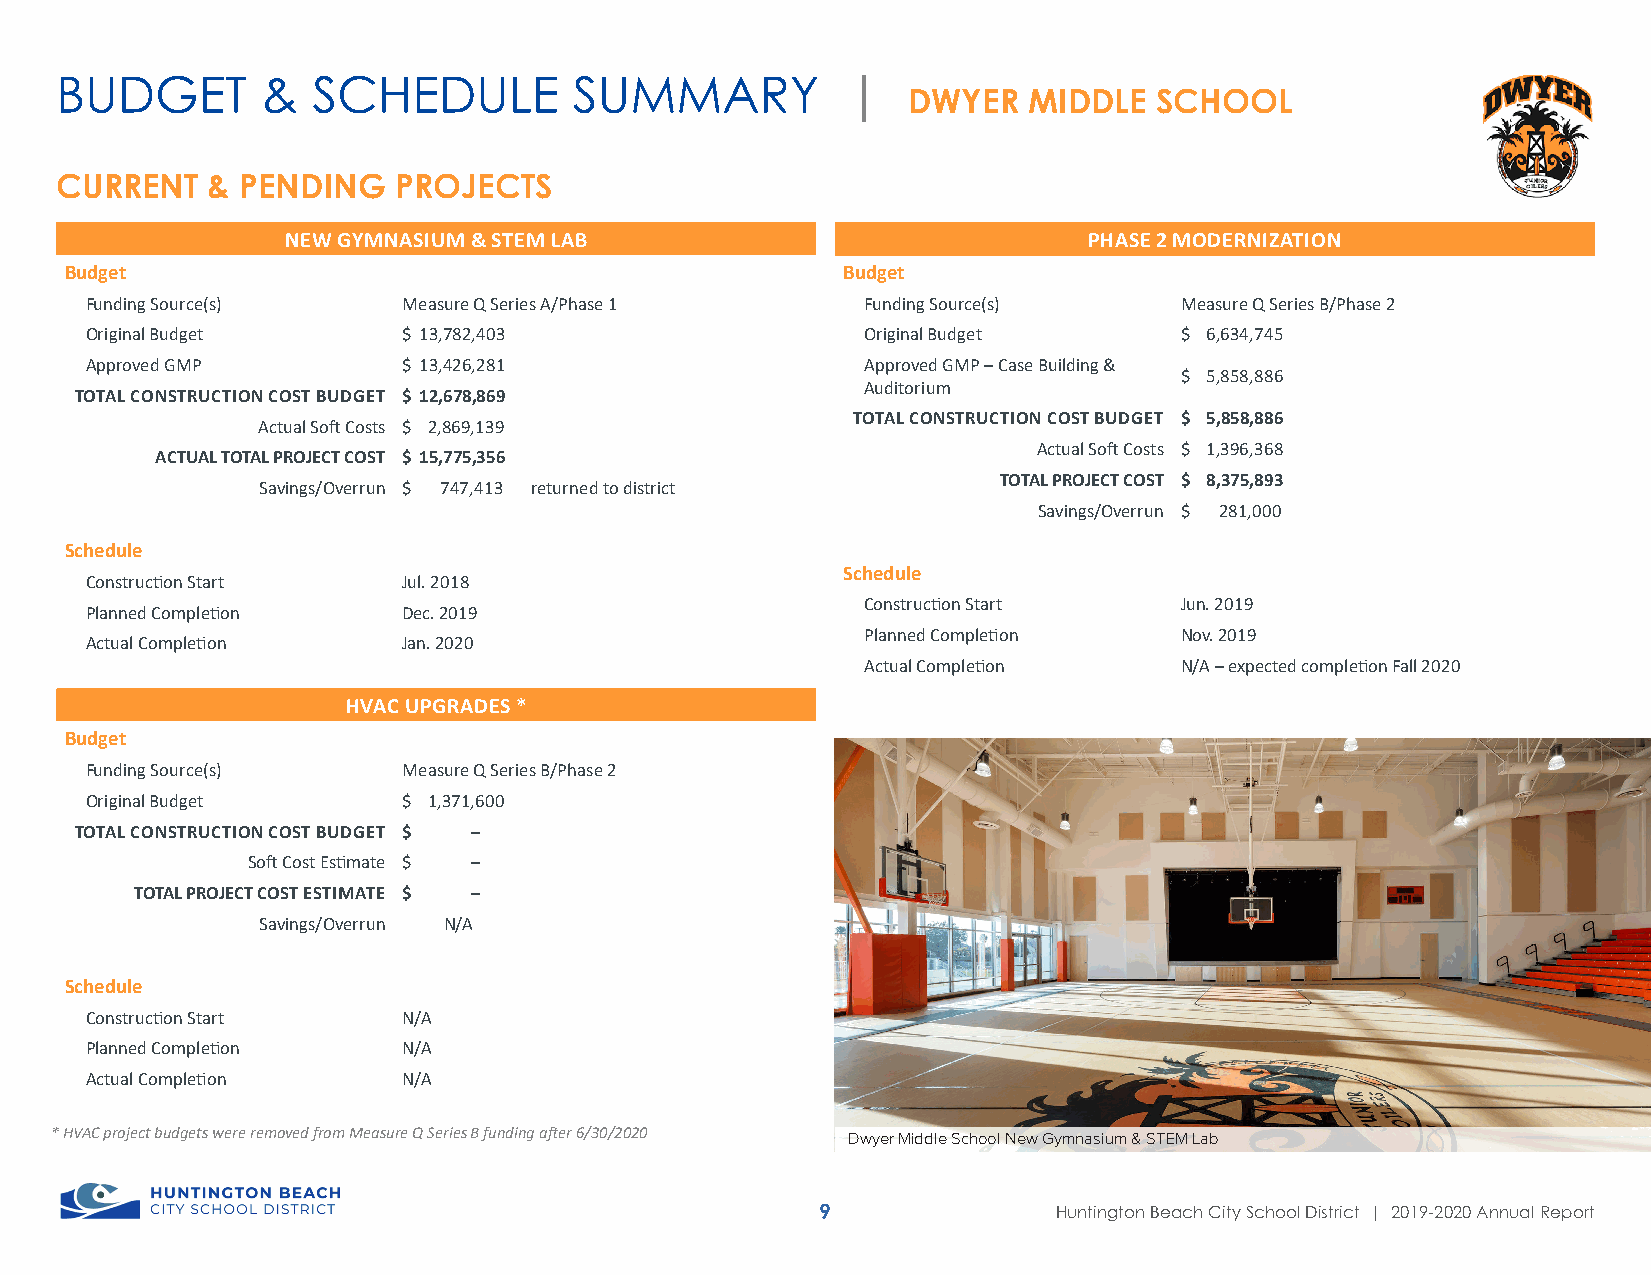
BUDGET       &   SCHEDULE         SUMMARY           |
 DWYER   MIDDLE  SCHOOL
 CURRENT   & PENDING   PROJECTS
 NEW GYMNASIUM & STEM LAB                             PHASE 2 MODERNIZATION
 Budget                                              Budget
 Funding Source(s)    Measure Q Series A/Phase 1    Funding Source(s)    Measure Q Series B/Phase 2
 Original Budget      $ 13,782,403                  Original Budget      $ 6,634,745
 Approved GMP         $ 13,426,281                  Approved GMP – Case Building &
 $ 5,858,886
 Auditorium
 TOTAL CONSTRUCTION COST BUDGET $ 12,678,869
 TOTAL CONSTRUCTION COST BUDGET $ 5,858,886
 Actual Soft Costs $ 2,869,139
 Actual Soft Costs $ 1,396,368
 ACTUAL TOTAL PROJECT COST $ 15,775,356
 TOTAL PROJECT COST $ 8,375,893
 Savings/Overrun $ 747,413 returned to district
 Savings/Overrun $ 281,000
 Schedule
 Schedule
 Construction Start   Jul. 2018
 Construction Start   Jun. 2019
 Planned Completion   Dec. 2019
 Planned Completion   Nov. 2019
 Actual Completion    Jan. 2020
 Actual Completion    N/A – expected completion Fall 2020
 HVAC UPGRADES *
 Budget
 Funding Source(s)    Measure Q Series B/Phase 2
 Original Budget      $ 1,371,600
 TOTAL CONSTRUCTION COST BUDGET $ –
 Soft Cost Estimate $ –
 TOTAL PROJECT COST ESTIMATE $ –
 Savings/Overrun N/A
 Schedule
 Construction Start   N/A
 Planned Completion   N/A
 Actual Completion    N/A
 * HVAC project budgets were removed from Measure Q Series B funding after 6/30/2020
 Dwyer Middle School New Gymnasium & STEM Lab
 9               Huntington Beach City School District | 2019-2020 Annual Report